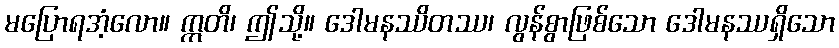
မပြောရအံ့လော။ ဣတိ၊ ဤသို့။ ဒေါမနဿိတဿ၊ လွန်စွာဖြစ်သော ဒေါမနဿရှိသော